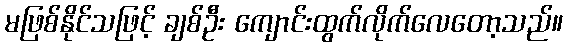
မဖြစ်နိုင်သဖြင့် ချစ်ဦး ကျောင်းထွက်လိုက်လေတော့သည်။